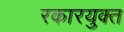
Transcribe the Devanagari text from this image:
रकारयुक्त